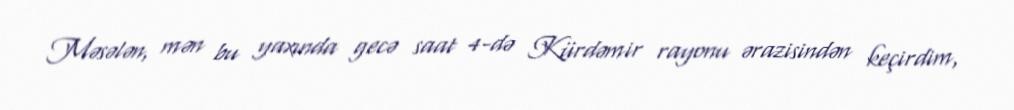
Məsələn, mən bu yaxında gecə saat 4-də Kürdəmir rayonu ərazisindən keçirdim,